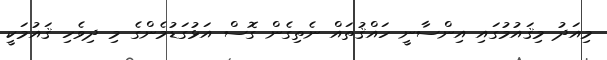
މިއަދު މިޤައުމުގައި އިންސާނީ ހައްޤުތައް ނެތިގެން ގޮސް އަޅުގަޑުމެންގެ މި ދިވެހި ޤައުމަކީ